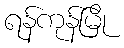
ရန်ကုန်မြို